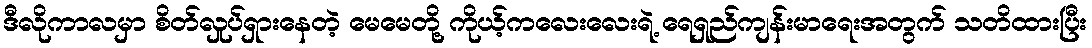
ဒီလိုကာလမှာ စိတ်လှုပ်ရှားနေတဲ့ မေမေတို့ ကိုယ့်ကလေးလေးရဲ့ ရေရှည်ကျန်းမာရေးအတွက် သတိထားပြီး